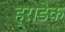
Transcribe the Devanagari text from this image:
ह्राडेक